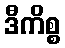
ဒီကိစ္စ